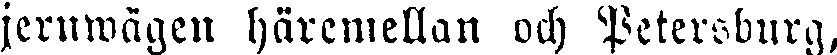
jernwägen häremellan och Petersburg,